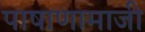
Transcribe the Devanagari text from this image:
पाषाणामाजी